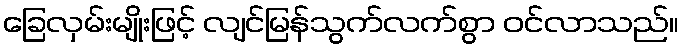
ခြေလှမ်းမျိုးဖြင့် လျင်မြန်သွက်လက်စွာ ဝင်လာသည်။